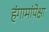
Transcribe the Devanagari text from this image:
हंगामांपेक्षा